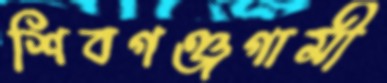
শিবগঞ্জগামী